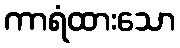
ကာရံထားသော